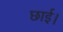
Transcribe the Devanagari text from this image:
छाई।